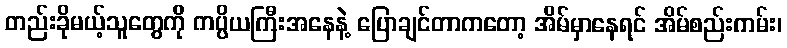
တည်းခိုမယ့်သူတွေကို ကပ္ပိယကြီးအနေနဲ့ ပြောချင်တာကတော့ အိမ်မှာနေရင် အိမ်စည်းကမ်း၊